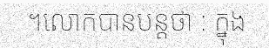
។លោកបានបន្តថា : ក្នុង